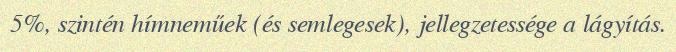
5%, szintén hímneműek (és semlegesek), jellegzetessége a lágyítás.